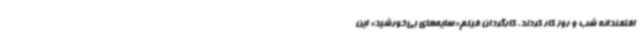
افتمندانه شب و روز کار کردند. کارگردان فیلم«سایه‌های بی‌خورشید» این